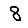
Digit: 8